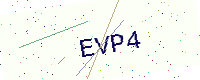
Text: EVP4